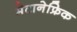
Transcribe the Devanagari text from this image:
मेटानेफ्रिक